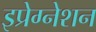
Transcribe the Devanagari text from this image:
इप्रेग्नेशन